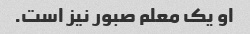
او یک معلم صبور نیز است.